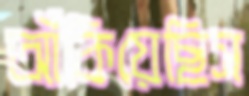
আঁকিয়েছিস